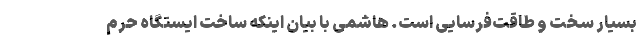
بسیار سخت و طاقت‌فرسایی است. هاشمی با بیان اینکه ساخت ایستگاه حرم